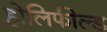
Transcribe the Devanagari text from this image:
होलिफील्ड